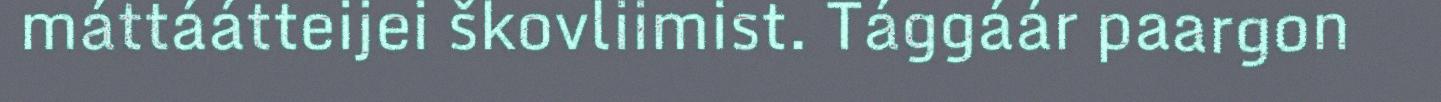
máttáátteijei škovliimist. Tággáár paargon